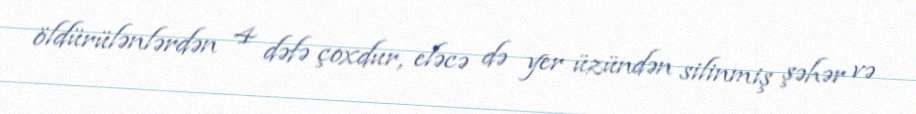
öldürülənlərdən 4 dəfə çoxdur, eləcə də yer üzündən silinmiş şəhər və